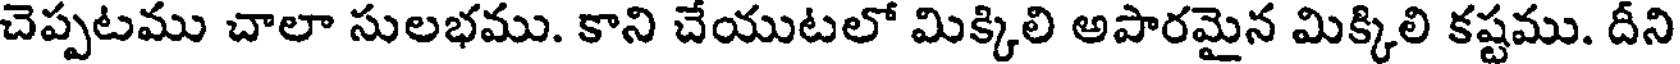
చెప్పటము చాలా సులభము. కాని చేయుటలో మిక్కిలి అపారమైన మిక్కిలి కష్టము. దీని